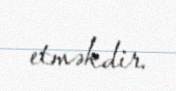
etməkdir.